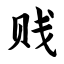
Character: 贱